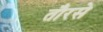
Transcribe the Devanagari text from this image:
तौरसे